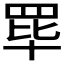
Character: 𬙝